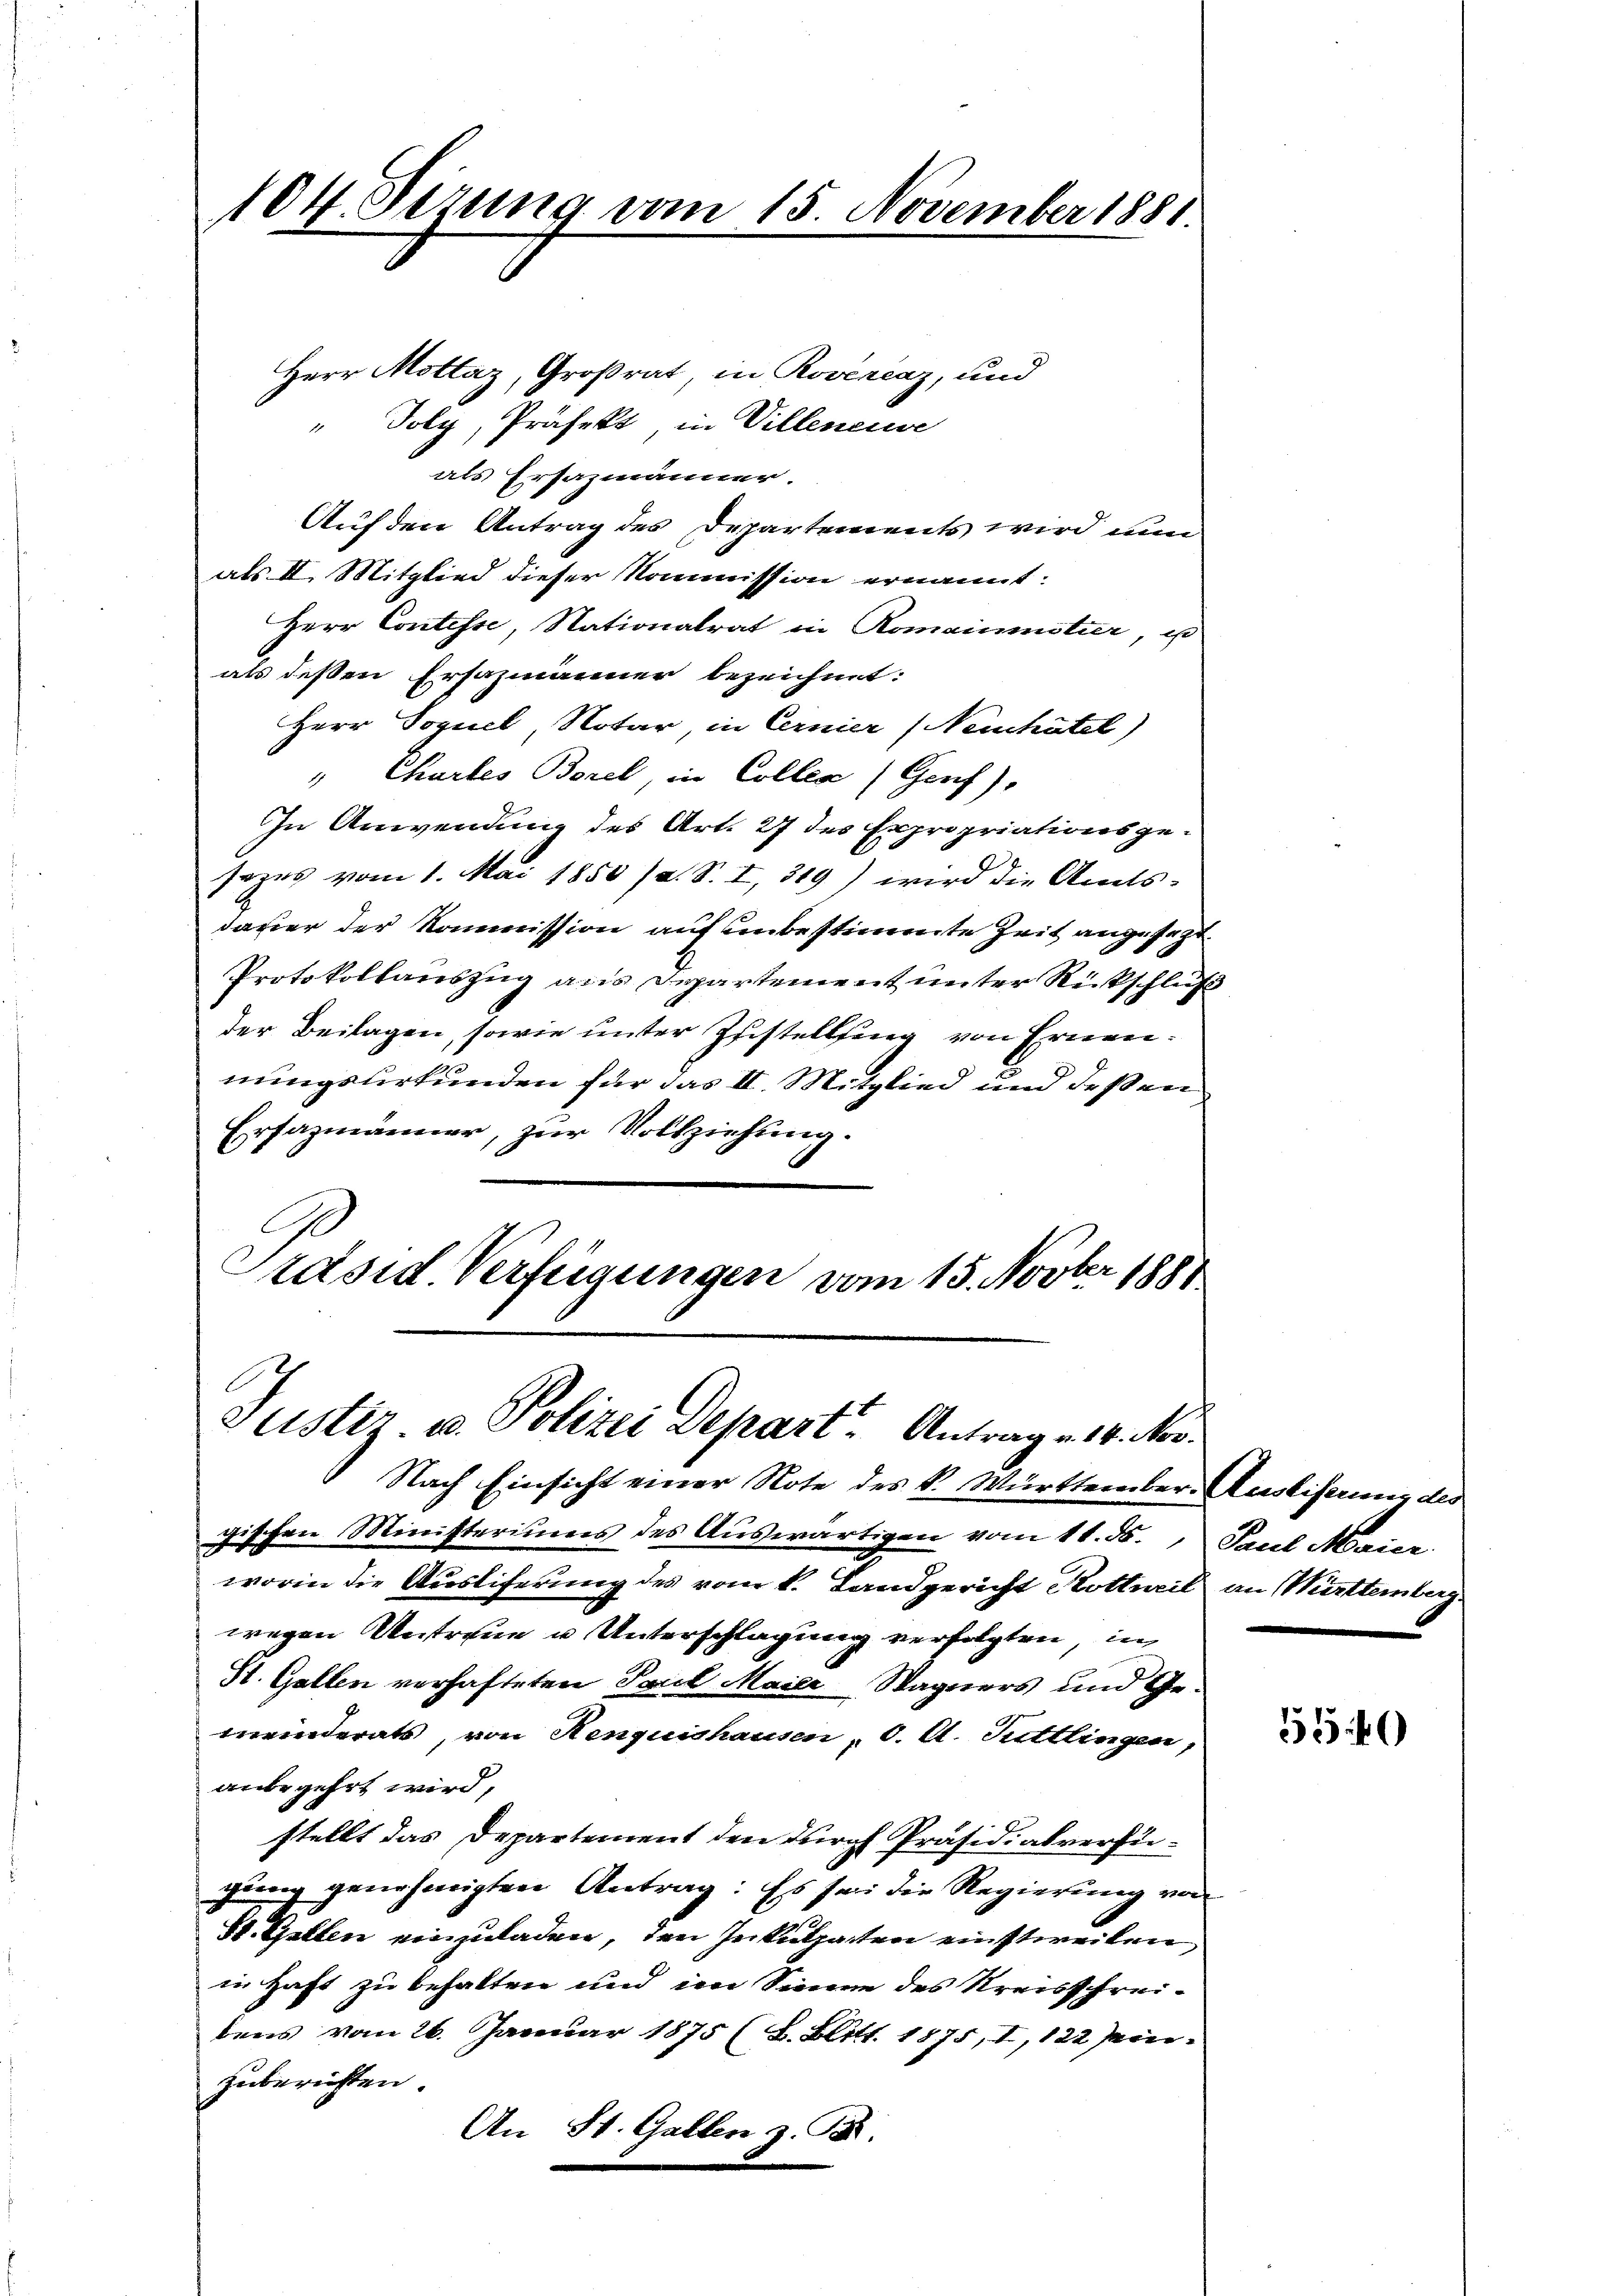
Herr Mottaz, Großrat, in Rovercaz, und
Joly, Präfekt, in Villeneuve
als Ersazmänner.
Auf den Antrag des Departements wird nun
als II. Mitglied dieser Kommission ernannt:
Herr Contisse, Nationalrat in Romainmötier, u
als deßen Ersazmänner bezeichnet:
Herr Soguel, Notar, in Cernier (Neuchâtel)
" Chartes Borel, in Collen (Genf),
In Anwendung des Art. 27 des Expropriationsgesezes vom 1. Mai 1850 /d. S. I, 319) wird die Amts-
daher der Kommission auf unbestimmte Zeit angefert
Protokollauszug aus Departement unter Rückschluß
der Beilagen, sowie unter Zustellung von Ernennungsurkunden für das II. Mitglied und deßen
Erfazmänner, zur Vollziehung.
Präsid. Verfügungen vom 15. Novber 1881

104. Sezung vom 15. November 1881.

Justiz u. Polizei Depart Antrage 14. Nov.

Nach Einsicht einer Note des K. Württember. Ausstiferung des
gischen Ministeriums des Auswärtigen vom 11. ds., Paul Morier.
worin die Ausliferung des vom k. Landgericht Kottweil an Württemberg
wegen Untreue u. Unterschlagung verfolgten, in
St. Gallen verhafteten Paul Maier Wagners und Gemeinderats, von Henquishausen, d. A. Tuttlingen,
anbegehrt wird,
stellt das Departement den durch Präsidialverfügung genehmigten Antrag: Es sei die Regierung von
St. Gallen einzuladen, den Inkulpaten einstweilen,
in Haft zu behalten und im Sinnen des Kreisschreibens vom 26. Januar 1875 (2. Blitt. 1875, I, 122 sein.
zuberichten.
An St. Gallen z. B.

550